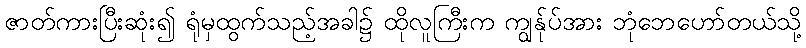
ဇာတ်ကားပြီးဆုံး၍ ရုံမှထွက်သည့်အခါ၌ ထိုလူကြီးက ကျွန်ုပ်အား ဘုံဘေဟော်တယ်သို့